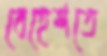
বেহেশতে